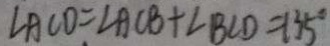
\angle A C D = \angle A C B + \angle B C D = 1 3 5 ^ { \circ }